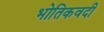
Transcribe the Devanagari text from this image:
भोतिकवदी